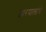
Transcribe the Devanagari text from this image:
द्वारपालांचे